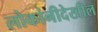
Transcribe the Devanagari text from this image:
लोकांनीदेखील